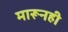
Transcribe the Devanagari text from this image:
मारूनही